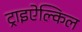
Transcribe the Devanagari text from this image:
ट्राइऐल्किल